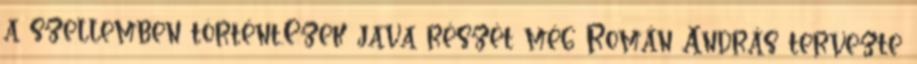
a szellemben történt.Ezek java részét még Román András tervezte